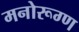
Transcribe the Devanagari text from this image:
मनोरूग्ण